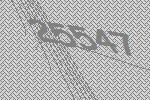
25547